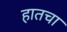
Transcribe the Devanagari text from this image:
हातचा